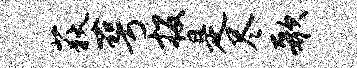
荻萼投是尽歌